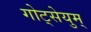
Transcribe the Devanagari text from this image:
गोट्सेयुम्